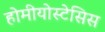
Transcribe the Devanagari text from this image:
होमीयोस्टेसिस